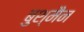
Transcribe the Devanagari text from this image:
बुश्मैन